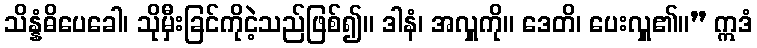
သိန္နံဓိပေခေါ၊ သိုမှီးခြင်ကိုငဲ့သည်ဖြစ်၍။ ဒါနံ၊ အလှူကို။ ဒေတိ၊ ပေးလှူ၏။” ဣဒံ